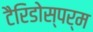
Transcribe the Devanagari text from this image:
टैरिडोस्पर्म